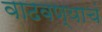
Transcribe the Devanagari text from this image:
वाढवण्याचं